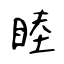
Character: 睦